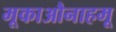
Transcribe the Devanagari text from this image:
मूकाऔनाहमू